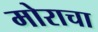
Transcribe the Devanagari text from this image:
मोराचा